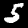
Digit: 5